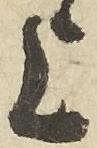
上